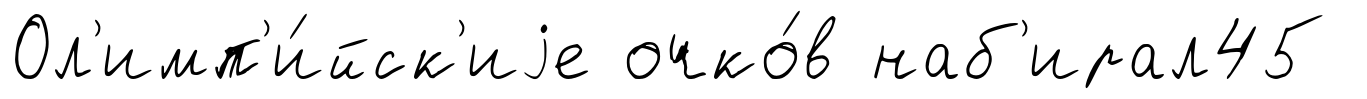
Ол'имп'и́йск'иjе очко́в наб'ирал45